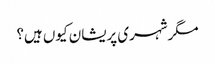
مگرشہری پریشان کیوں ہیں؟